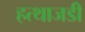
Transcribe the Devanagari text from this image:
हत्थाजडी